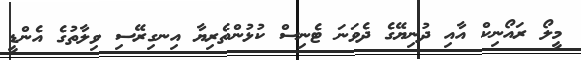
މީލޯ ރައޯނިކް އާއި ދުނިޔޭގެ ދެވަނަ ޓެނިސް ކުޅުންތެރިޔާ އިނގިރޭސި ވިލާތުގެ އެންޑީ